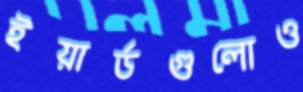
ইয়ার্ডগুলোও